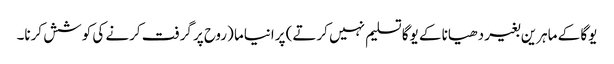
یوگا کے ماہرین بغیر دھیانا کے یوگا تسلیم نہیں کرتے) پرانیاما (روح پر گرفت کرنے کی کوشش کرنا۔